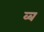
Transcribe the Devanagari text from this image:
व्ब